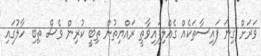
ވަރަށް ގިނަ ފައިސާތަކެއް ގެއްލިފައިވާތީ ރައްޔިތުން ތިބީ ކުރިން ވެސް ތިބި ހާލުގައި